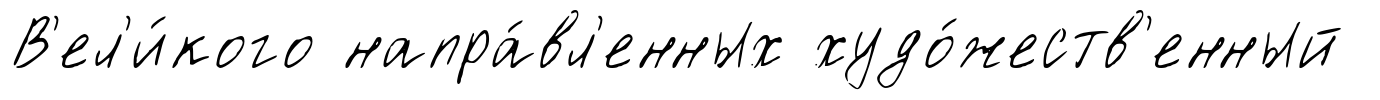
В'ел'и́кого напра́вл'енных худо́жеств'енный